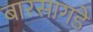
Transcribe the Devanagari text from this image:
बारसागडे